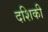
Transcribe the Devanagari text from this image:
दशिकी